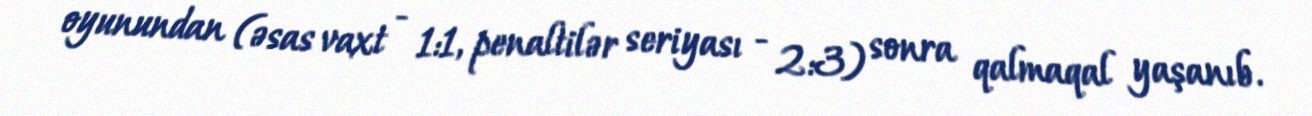
oyunundan (əsas vaxt - 1:1, penaltilər seriyası - 2:3) sonra qalmaqal yaşanıb.